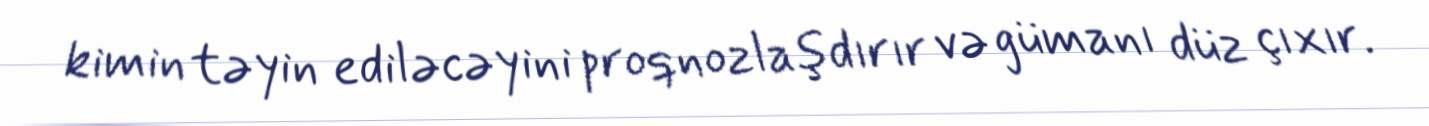
kimin təyin ediləcəyini proqnozlaşdırır və gümanı düz çıxır.